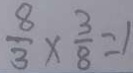
\frac { 8 } { 3 } \times \frac { 3 } { 8 } = 1